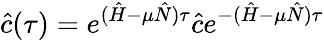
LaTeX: \hat{c}(\tau)=e^{(\hat{H}-\mu\hat{N})\tau}\hat{c}e^{-(\hat{H}-\mu\hat{N})\tau}